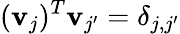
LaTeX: (\mathbf{v}_{j})^{T}\mathbf{v}_{j^{\prime}}=\delta_{j,j^{\prime}}